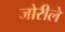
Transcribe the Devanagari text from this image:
जोरीले